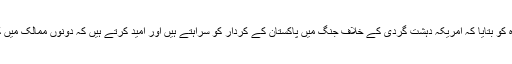
انھوں نے جنرل باجوہ کو بتایا کہ امریکہ دہشت گردی کے خلاف جنگ میں پاکستان کے کردار کو سراہتے ہیں اور امید کرتے ہیں کہ دونوں ممالک میں کشیدگی عارضی ہے۔